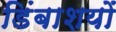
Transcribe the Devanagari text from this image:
डिंबाशयों